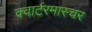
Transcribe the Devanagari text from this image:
क्वार्टरमास्चर